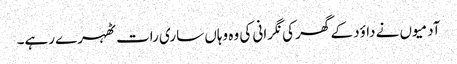
آدمیوں نے داؤد کے گھر کی نگرانی کی وہ وہاں ساری رات ٹھہرے رہے۔